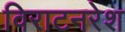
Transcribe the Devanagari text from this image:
विराटनरेश